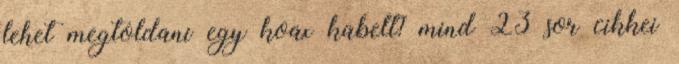
lehet megtoldani egy koax kabelt? mind 23 sor cikkei